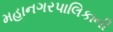
મહાનગરપાલિકાની